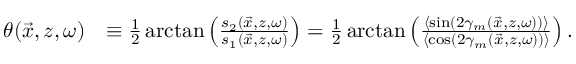
\begin{array} { r l } { \theta ( \vec { x } , z , \omega ) } & { \equiv \frac { 1 } { 2 } \arctan \left( \frac { s _ { 2 } ( \vec { x } , z , \omega ) } { s _ { 1 } ( \vec { x } , z , \omega ) } \right) = \frac { 1 } { 2 } \arctan \left( \frac { \langle \sin ( 2 \gamma _ { m } ( \vec { x } , z , \omega ) ) \rangle } { \langle \cos ( 2 \gamma _ { m } ( \vec { x } , z , \omega ) ) \rangle } \right) . } \end{array}